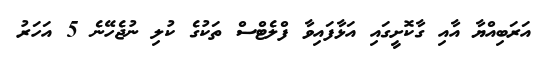
އަރަބިއްޔާ އާއި ގާކޮށީގައި އަޅާފައިވާ ފްލެޓްސް ތަކުގެ ކުލި ނުޖެހޭނެ 5 އަހަރު